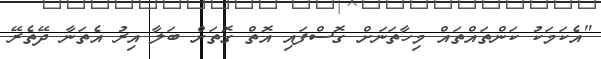
"އެކަމަކު ކަންތައްތައް މިހާތަނަށް ގޮސްފައި އޮތް ގޮތަށް ބަލާ އިރު އެތަނާ ދޭތެރޭ